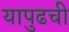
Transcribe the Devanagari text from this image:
यापुढची